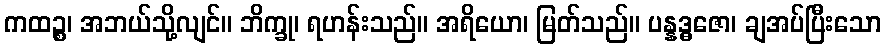
ကထဉ္စ၊ အဘယ်သို့လျင်။ ဘိက္ခု၊ ရဟန်းသည်။ အရိယော၊ မြတ်သည်။ ပန္နဒ္ဓဇော၊ ချအပ်ပြီးသော